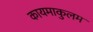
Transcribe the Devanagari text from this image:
कायमाकुलम